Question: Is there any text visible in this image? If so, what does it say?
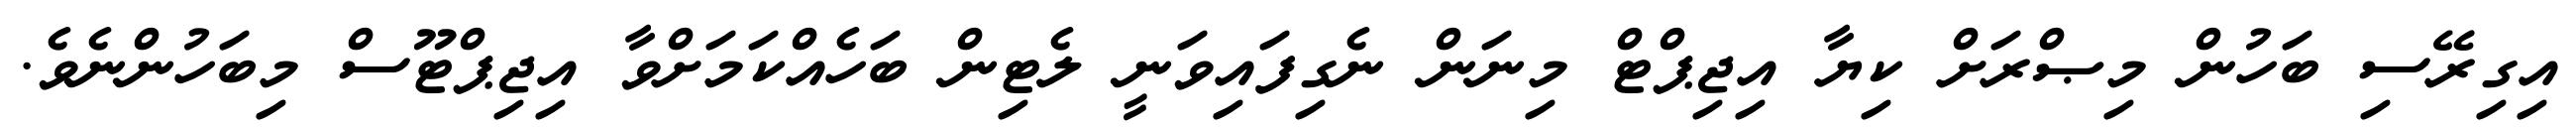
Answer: އިގިރޭސި ބަހުން މިޞްރަށް ކިޔާ އިޖިޕްޓް މިނަން ނެގިފައިވަނީ ލެޓިން ބަހެއްކަމަށްވާ އިޖިޕްޓޫސް މިބަހުންނެވެ.